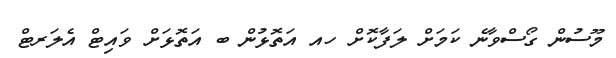
މޫސުން ގޯސްވާނެ ކަމަށް ލަފާކޮށް ހއ އަތޮޅުން ބ އަތޮޅަށް ވައިޓް އެލަރޓް